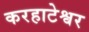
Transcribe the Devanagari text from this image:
करहाटेश्वर